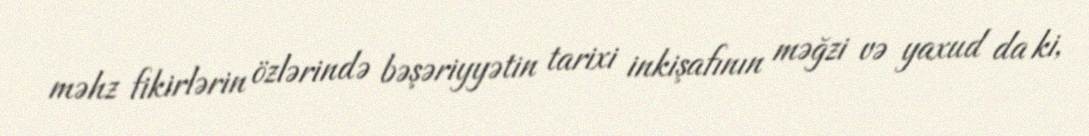
məhz fikirlərin özlərində bəşəriyyətin tarixi inkişafının məğzi və yaxud da ki,